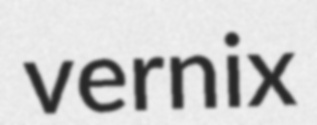
vernix